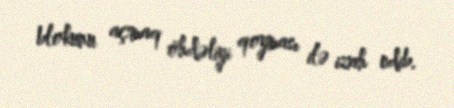
blokunu açmaq öhdəliyi qoyması ilə izah edib.